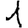
Digit: 1